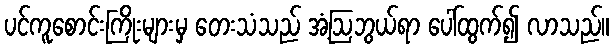
ပင်ကူစောင်းကြိုးများမှ တေးသံသည် အံ့ဩဘွယ်ရာ ပေါ်ထွက်၍ လာသည်။